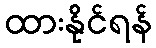
ထားနိုင်ရန်